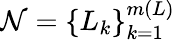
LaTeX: \mathcal{N}=\left\{ L_{k}\right\} _{k=1}^{m(L)}